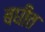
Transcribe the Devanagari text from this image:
बघीत